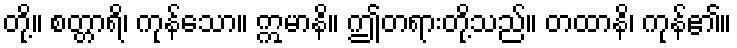
တို့။ စတ္တာရိ၊ ကုန်သော။ ဣမာနိ။ ဤတရားတို့သည်။ တထာနိ၊ ကုန်၏။